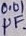
Text: 0.01µF